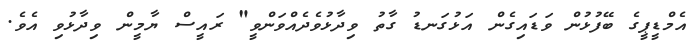
އެމްޑީޕީގެ ބޭފުޅުން ވަޑައިގެން އަޅުގަނޑު ގާތު ވިދާޅުވެދެއްވަންވީ" ރައީސް ޔާމީން ވިދާޅުވި އެވެ.